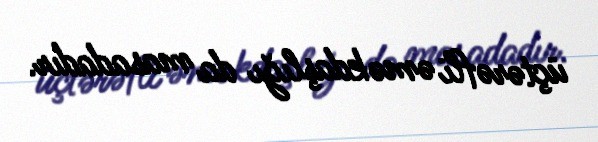
üçtərəfli əməkdaşlığı da masadadır.